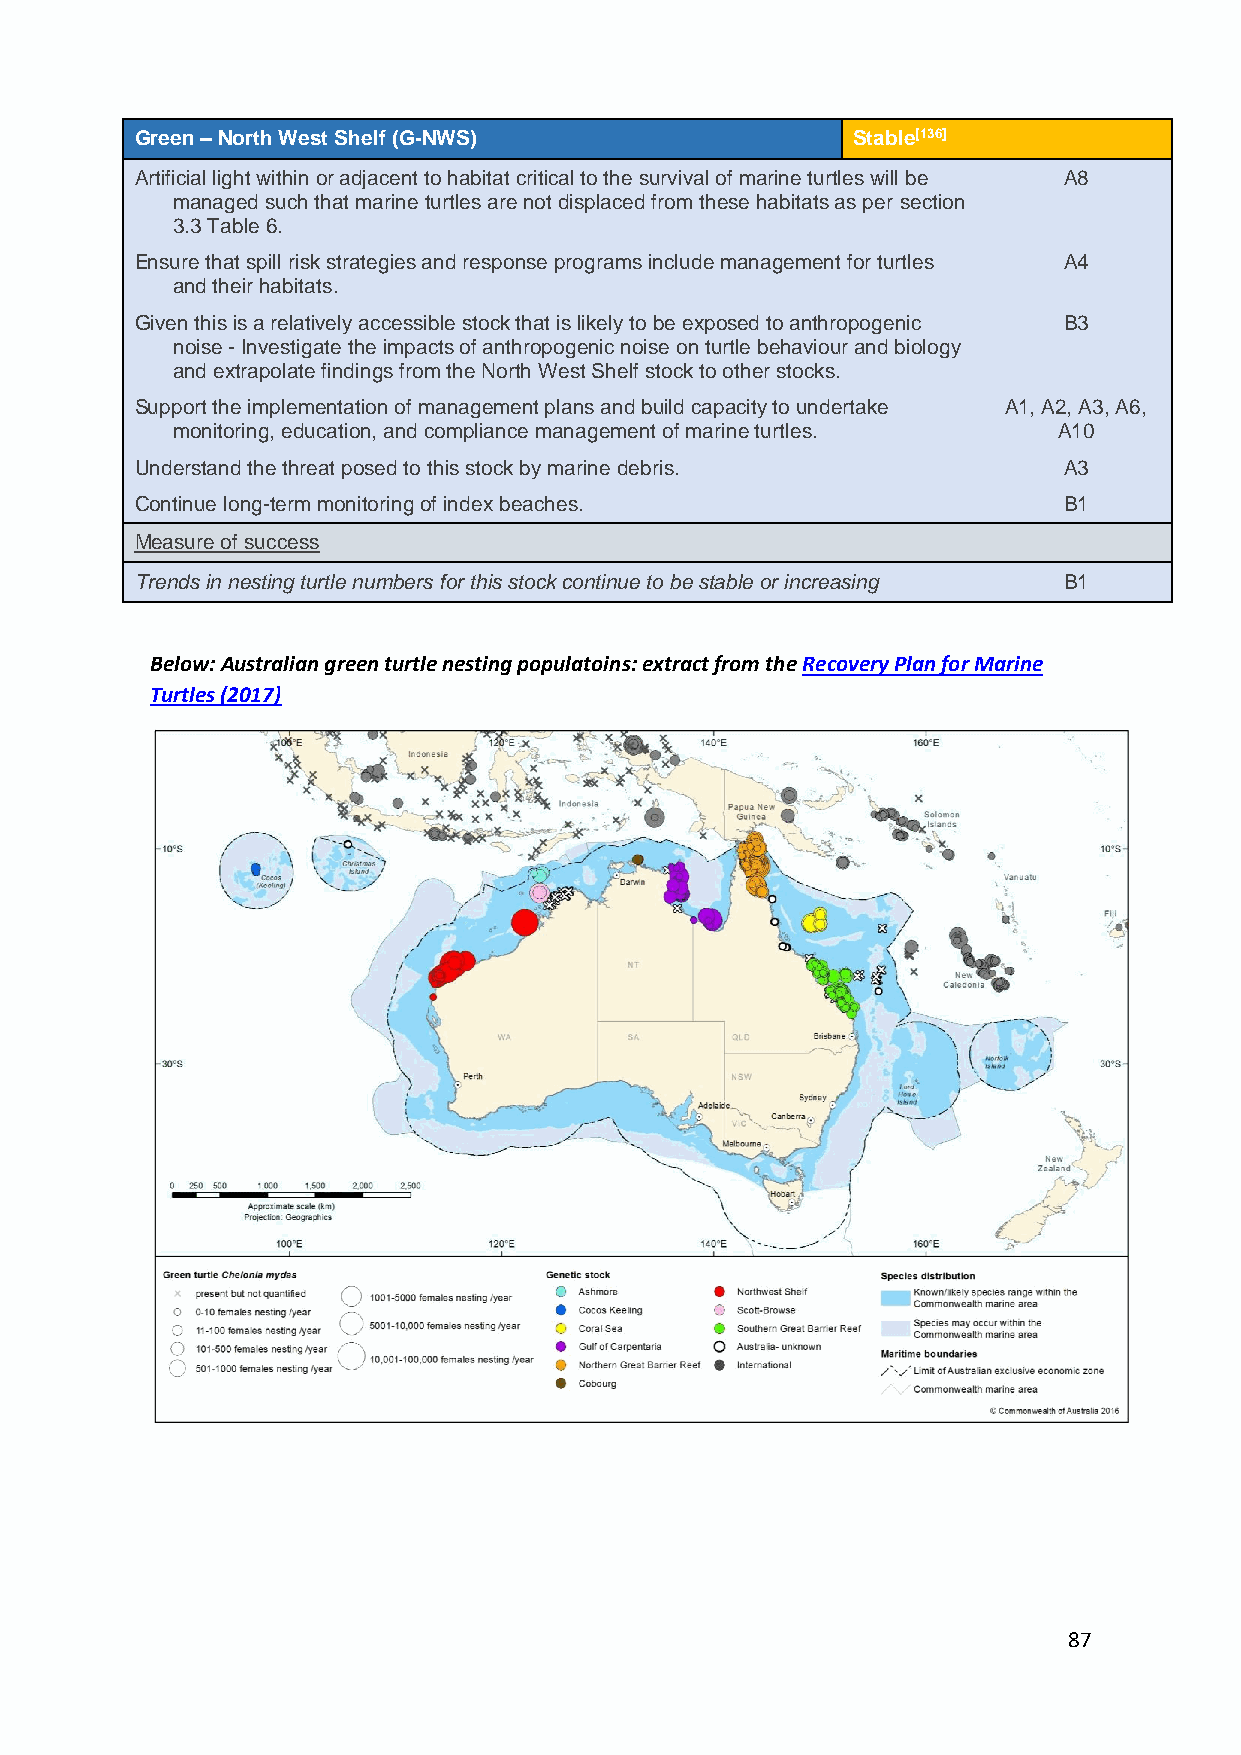
Green – North West Shelf (G-NWS)               Stable[136]
 Artificial light within or adjacent to habitat critical to the survival of marine turtles will be A8
 managed such that marine turtles are not displaced from these habitats as per section
 3.3 Table 6.
 Ensure that spill risk strategies and response programs include management for turtles A4
 and their habitats.
 Given this is a relatively accessible stock that is likely to be exposed to anthropogenic B3
 noise - Investigate the impacts of anthropogenic noise on turtle behaviour and biology
 and extrapolate findings from the North West Shelf stock to other stocks.
 Support the implementation of management plans and build capacity to undertake A1, A2, A3, A6,
 monitoring, education, and compliance management of marine turtles. A10
 Understand the threat posed to this stock by marine debris.  A3
 Continue long-term monitoring of index beaches.              B1
 Measure of success
 Trends in nesting turtle numbers for this stock continue to be stable or increasing B1
 Below: Australian green turtle nesting populatoins: extract from the Recovery Plan for Marine
 Turtles (2017)
 87